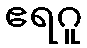
ဧရဂူ